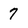
Character: 7